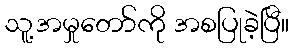
သူ့အမှုတော်ကို အစပြုခဲ့ပြီ။